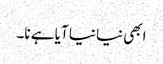
ابھی نیا نیا آیا ہے نا۔